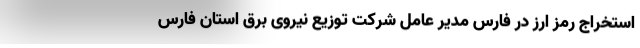
استخراج رمز ارز در فارس مدیر عامل شرکت توزیع نیروی برق استان فارس